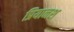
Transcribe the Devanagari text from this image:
प्रियानश